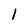
Character: 1